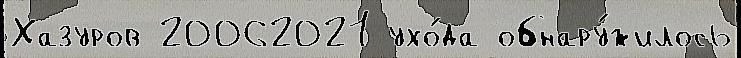
Хазуров 20062021 ухо́да обнару́жилось